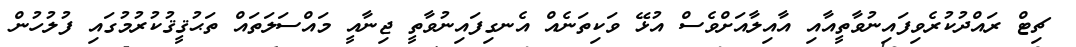
ޗިޓް ރައްދުކުރެވިފައިނުވާތީއާއި އާއިލާއަށްވެސް އުޅޭ ވަކިތަނެއް އެނގިފައިނުވާތީ ޖިނާއީ މައްސަލަތައް ތަޙުޤީޤުކުރުމުގައި ފުލުހުން